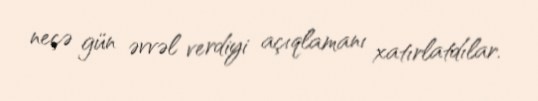
neçə gün əvvəl verdiyi açıqlamanı xatırlatdılar.